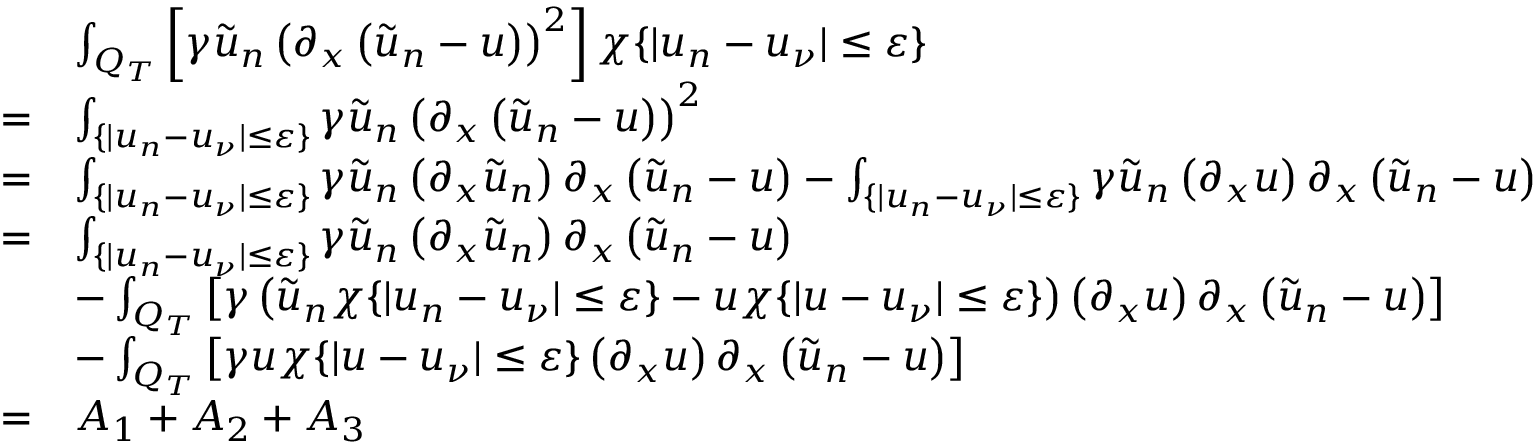
\begin{array} { r l } & { \int _ { Q _ { T } } \left[ \gamma \tilde { u } _ { n } \left( \partial _ { x } \left( \tilde { u } _ { n } - u \right) \right) ^ { 2 } \right] \chi \{ | u _ { n } - u _ { \nu } | \leq \varepsilon \} } \\ { = } & { \int _ { \{ | u _ { n } - u _ { \nu } | \leq \varepsilon \} } \gamma \tilde { u } _ { n } \left( \partial _ { x } \left( \tilde { u } _ { n } - u \right) \right) ^ { 2 } } \\ { = } & { \int _ { \{ | u _ { n } - u _ { \nu } | \leq \varepsilon \} } \gamma \tilde { u } _ { n } \left( \partial _ { x } \tilde { u } _ { n } \right) \partial _ { x } \left( \tilde { u } _ { n } - u \right) - \int _ { \{ | u _ { n } - u _ { \nu } | \leq \varepsilon \} } \gamma \tilde { u } _ { n } \left( \partial _ { x } u \right) \partial _ { x } \left( \tilde { u } _ { n } - u \right) } \\ { = } & { \int _ { \{ | u _ { n } - u _ { \nu } | \leq \varepsilon \} } \gamma \tilde { u } _ { n } \left( \partial _ { x } \tilde { u } _ { n } \right) \partial _ { x } \left( \tilde { u } _ { n } - u \right) } \\ & { - \int _ { Q _ { T } } \left[ \gamma \left( \tilde { u } _ { n } \chi \{ | u _ { n } - u _ { \nu } | \leq \varepsilon \} - u \chi \{ | u - u _ { \nu } | \leq \varepsilon \} \right) \left( \partial _ { x } u \right) \partial _ { x } \left( \tilde { u } _ { n } - u \right) \right] } \\ & { - \int _ { Q _ { T } } \left[ \gamma u \chi \{ | u - u _ { \nu } | \leq \varepsilon \} \left( \partial _ { x } u \right) \partial _ { x } \left( \tilde { u } _ { n } - u \right) \right] } \\ { = } & { A _ { 1 } + A _ { 2 } + A _ { 3 } } \end{array}